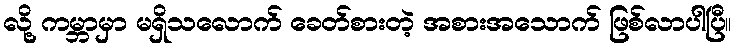
လို့ ကမ္ဘာမှာ မရှိသလောက် ခေတ်စားတဲ့ အစားအသောက် ဖြစ်လာပါပြီ။